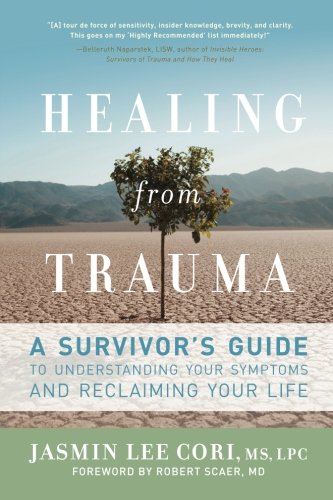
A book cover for Healing from Trauma: A Survivor's Guide to Understanding Your Symptoms and Reclaiming Your Life; Jasmin Lee Cori; Health, Fitness & Dieting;